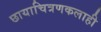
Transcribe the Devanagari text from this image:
छायाचित्रणकलाही